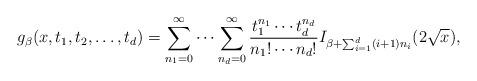
LaTeX: \begin{align*}g_\beta(x,t_1,t_2,\ldots,t_{d}) = \sum_{n_1=0}^\infty \cdots \sum_{n_d=0}^\infty \frac{t_1^{n_1}\cdots t_d^{n_d}}{n_1!\cdots n_d!} I_{\beta+ \sum_{i=1}^{d} (i+1)n_i} (2\sqrt{x}),\end{align*}